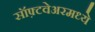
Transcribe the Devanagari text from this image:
सॉफ़्टवेअरमध्ये